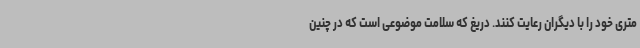
متری خود را با دیگران رعایت کنند. دریغ که سلامت موضوعی است که در چنین